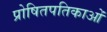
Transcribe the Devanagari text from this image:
प्रोषितपतिकाओं